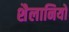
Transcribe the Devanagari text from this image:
शैलानियों